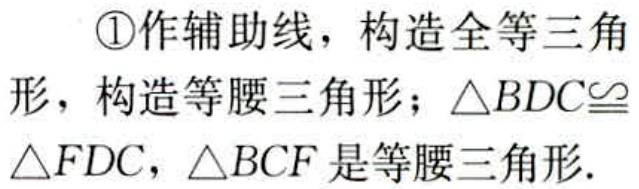
\textcircled{1}作辅助线，构造全等三角
形，构造等腰三角形；$\triangle BDC\cong$
$\triangle FDC$，$\triangle BCF$是等腰三角形.